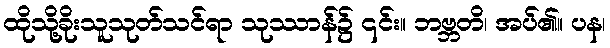
ထိုသို့ခိုးသူသုတ်သင်ရာ သုဿာန်၌ ၎င်း။ ဘဗ္ဘတိ၊ အပ်၏။ ပန၊